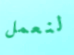
لنعمل